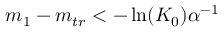
m _ { 1 } - m _ { t r } < - \ln ( K _ { 0 } ) \alpha ^ { - 1 }